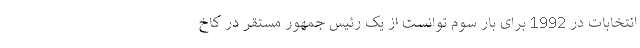
انتخابات در 1992 برای بار سوم توانست از یک رئیس جمهور مستقر در کاخ